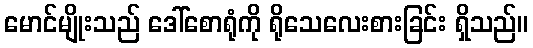
မောင်မျိုးသည် ဒေါ်စောရုံကို ရိုသေလေးစားခြင်း ရှိသည်။